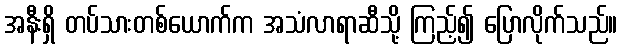
အနီးရှိ တပ်သားတစ်ယောက်က အသံလာရာဆီသို့ ကြည့်၍ ပြောလိုက်သည်။